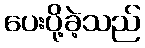
ပေးပို့ခဲ့သည်